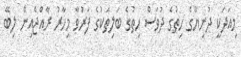
މިއަދަކީ ދުނިޔޭގެ ހިތުގެ ދުވަސް ހިތުގެ ބަލިތަކުގެ ފަރުވާ މިހާރު ރާއްޖެއިން ލިބޭ